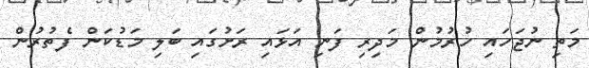
މަތި ނުޖަހައި ހުރުމުން މަދިރި ފަނި އަޅައި ރަށުގައި ބަލި މަޑުކަން ފެތުރުން